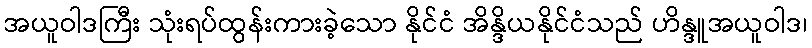
အယူဝါဒကြီး သုံးရပ်ထွန်းကားခဲ့သော နိုင်ငံ အိန္ဒိယနိုင်ငံသည် ဟိန္ဒူအယူဝါဒ၊